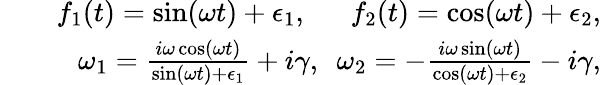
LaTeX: \begin{array}{rlr}&{}&{f_{1}(t)=\sin(\omega t)+\epsilon_{1},~~~~~~f_{2}(t)=\cos(\omega t)+\epsilon_{2},}\\ &{}&{\omega_{1}=\frac{i\omega\cos(\omega t)}{\sin(\omega t)+\epsilon_{1}}+i\gamma,~~\omega_{2}=-\frac{i\omega\sin(\omega t)}{\cos(\omega t)+\epsilon_{2}}-i\gamma,}\end{array}